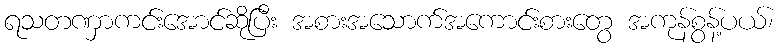
ရသတဏှာကင်းအောင်ဆိုပြီး အစားအသောက်အကောင်းစားတွေ အကုန်စွန့်ပယ်၊